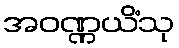
အဝဏ္ဏယိံသု